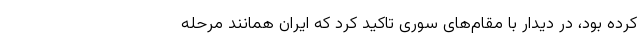
کرده بود، در دیدار با مقام‌های سوری تاکید کرد که ایران همانند مرحله